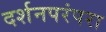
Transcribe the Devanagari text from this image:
दर्शनपरंपरा